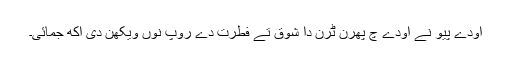
اودے پیو نے اودے چ پھرن ٹرن دا شوق تے فطرت دے روپ نوں ویکھن دی اکھ جمائی۔